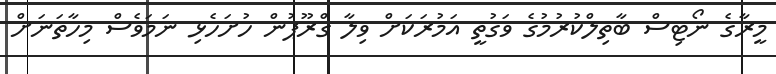
މީރާގެ ނޯޓިސް ބާތިލްކުރުމުގެ ވަގުތީ އަމުރަކަށް ވިލާ ގްރޫޕުން ހުށަހެޅި ނަމަވެސް މިހާތަނަށް